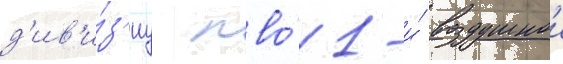
д'ив'и́з'иу пво́ 1-и́ воздушнои